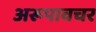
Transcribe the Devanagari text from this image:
अरूपावचर